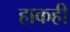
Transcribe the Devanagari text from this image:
हाकही